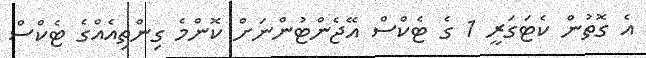
އެ ގޮތުން ކެޓަގަރީ 1 ގެ ޓެކްސް އޭޖެންޓުންނަށް ކޮންމެ ގިންތިއެއްގެ ޓެކްސް